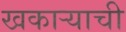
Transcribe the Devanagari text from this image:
खकाऱ्याची